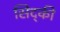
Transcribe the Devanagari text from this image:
सिद्की